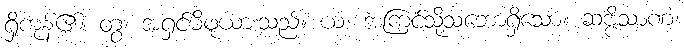
ရှိကုန်၏။ တွံ၊ အရှင်မိဖုယားသည်။ ယံ၊ အကြင်သို့သဘောရှိသော။ ဆဗ္ဗိသာဏံ၊